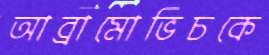
আব্রামোভিচকে